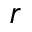
r